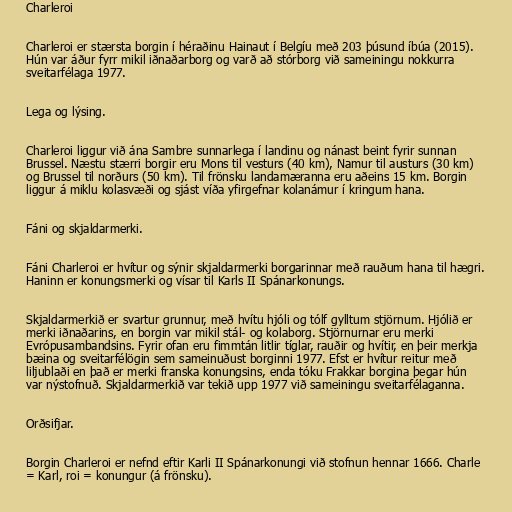
Charleroi

Charleroi er stærsta borgin í héraðinu Hainaut í Belgíu með 203 þúsund íbúa (2015).
Hún var áður fyrr mikil iðnaðarborg og varð að stórborg við sameiningu nokkurra
sveitarfélaga 1977.

Lega og lýsing.

Charleroi liggur við ána Sambre sunnarlega í landinu og nánast beint fyrir sunnan
Brussel. Næstu stærri borgir eru Mons til vesturs (40 km), Namur til austurs (30 km)
og Brussel til norðurs (50 km). Til frönsku landamæranna eru aðeins 15 km. Borgin
liggur á miklu kolasvæði og sjást víða yfirgefnar kolanámur í kringum hana.

Fáni og skjaldarmerki.

Fáni Charleroi er hvítur og sýnir skjaldarmerki borgarinnar með rauðum hana til hægri.
Haninn er konungsmerki og vísar til Karls II Spánarkonungs.

Skjaldarmerkið er svartur grunnur, með hvítu hjóli og tólf gylltum stjörnum. Hjólið er
merki iðnaðarins, en borgin var mikil stál- og kolaborg. Stjörnurnar eru merki
Evrópusambandsins. Fyrir ofan eru fimmtán litlir tíglar, rauðir og hvítir, en þeir merkja
bæina og sveitarfélögin sem sameinuðust borginni 1977. Efst er hvítur reitur með
liljublaði en það er merki franska konungsins, enda tóku Frakkar borgina þegar hún
var nýstofnuð. Skjaldarmerkið var tekið upp 1977 við sameiningu sveitarfélaganna.

Orðsifjar.

Borgin Charleroi er nefnd eftir Karli II Spánarkonungi við stofnun hennar 1666. Charle
= Karl, roi = konungur (á frönsku).